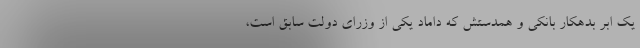
یک ابر بدهکار بانکی و همدستش که داماد یکی از وزرای دولت سابق است،